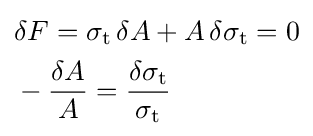
{\begin{aligned}&\delta F=\sigma _{\text{t}}\,\delta A+A\,\delta \sigma _{\text{t}}=0\\&-{\frac {\delta A}{A}}={\frac {\delta \sigma _{\mathrm {t} }}{\sigma _{\mathrm {t} }}}\end{aligned}}